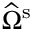
\widehat { \Omega } ^ { \mathrm { s } }